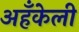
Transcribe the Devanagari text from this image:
अहँकेली